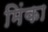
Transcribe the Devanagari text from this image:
मिंका